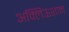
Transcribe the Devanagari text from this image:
अक्लिऊशान